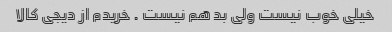
خیلی خوب نیست ولی بد هم نیست . خریدم از دیجی کالا